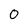
Character: O